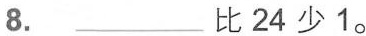
8.___比24少1。